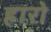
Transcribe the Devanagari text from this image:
हारो